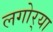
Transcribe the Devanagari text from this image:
लगोर्‍या